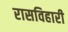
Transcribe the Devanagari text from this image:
रासविहारी